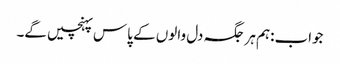
جواب:ہم ہر جگہ دل والوں کے پاس پہنچیں گے۔